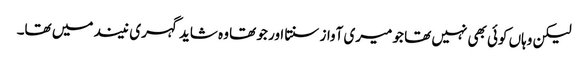
لیکن وہاں کوئی بھی نہیں تھا جو میری آواز سنتا اور جو تھا وہ شاید گہری نیند میں تھا۔